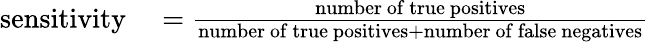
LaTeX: \begin{array}{rl}{{\mathrm{sensitivity}}}&{{}={\frac{\mathrm{number~of~true~positives}}{{\mathrm{number~of~true~positives}}+{\mathrm{number~of~false~negatives}}}}}\end{array}